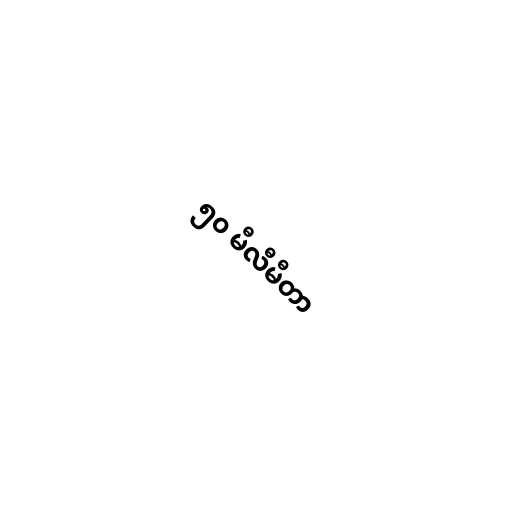
၅၀ မီလီမီတာ